Report on vaccination in Madras 1877-1894 - 1877-1894
Year: 1877
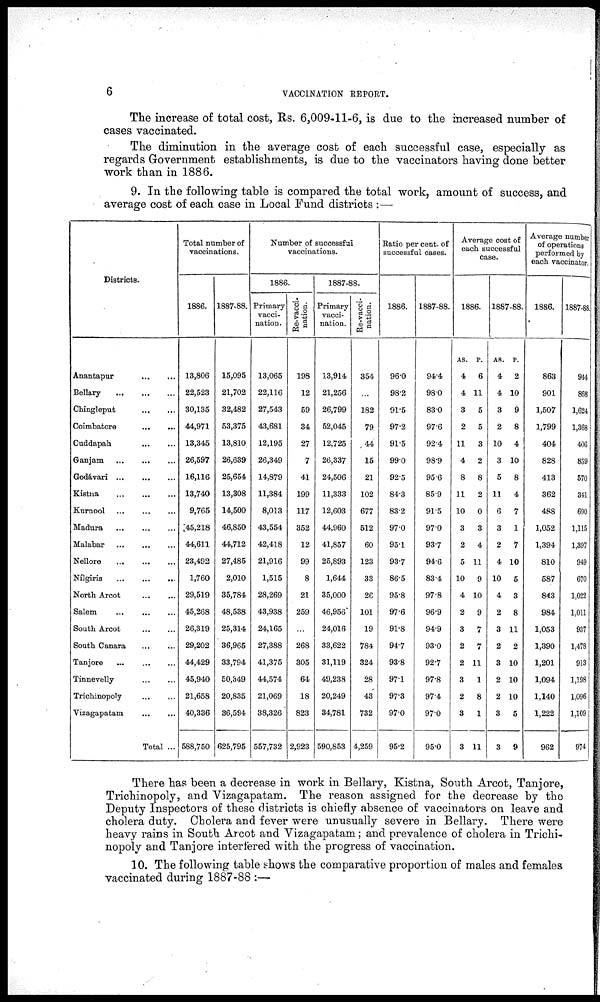
6
VACCINATION REPORT.
The increase of total cost, Rs. 6,009-11-6, is due to the increased number of
cases vaccinated.
The diminution in the average cost of each successful case, especially as
regards Government establishments, is due to the vaccinators having done better
work than in 1886.
9. In the following table is compared the total work, amount of success, and
average cost of each case in Local Fund districts :—
Districts.
Anantapur
...
...
Bellary
...
...
...
Chingleput
...
...
Coimbatore
...
...
Cuddapah
...
...
Ganjam
...
...
...
Godávari
...
...
...
Kistna
...
...
...
Kurnool
...
...
...
Madura
...
...
...
Malabar
...
...
...
Nellore
...
...
...
Nílgiris
...
...
...
North Arcot
...
...
Salem
...
...
...
South Arcot
...
...
South Canara
...
...
Tanjore
...
...
...
Tinnevelly
...
...
Trichinopoly
...
...
Vizagapatam
...
...
Total ...
Total number of
vaccinations.
1886.
13,806
22,523
30,135
44,971
13,345
26,597
16,116
13,740
9,765
45,218
44,611
23,492
1,760
29,519
45,268
26,319
29,202
44,429
45,940
21,658
40,336
588,750
1887-88.
15,095
21,702
32,482
53,375
13,810
26,639
25,654
13,308
14,500
46,850
44,712
27,485
2,010
35,784
48,538
25,314
36,965
33,794
50,349
20,835
36,594
625,795
Number of successful
vaccinations.
1886.
Primary
vacci-
nation.
13,065
22,116
27,543
43,681
12,195
26,349
14,879
11,384
8,013
43,554
42,418
21,916
1,515
28,269
43,938
24,165
27,388
41,375
44,574
21,069
38,326
557,732
Re-vacci-
nation.
198
12
59
34
27
7
41
199
117
352
12
99
8
21
259
...
268
305
64
18
823
2,923
1887-88.
Primary
vacci-
nation.
13,914
21,256
26,799
52,045
12,725
26,337
24,506
11,333
12,603
44,960
41,857
25,893
1,644
35,000
46,956
24,016
33,622
31,119
49,238
20,249
34,781
590,853
Re-vacci-
nation.
354
...
182
79
44
15
21
102
677
512
60
123
33
26
101
19
784
324
28
43
732
4,259
Ratio per cent. of
successful cases.
1886.
96.0
98.2
91.5
97.2
91.5
99.0
92.5
84.3
83.2
97.0
95.1
93.7
86.5
95.8
97.6
91.8
94.7
93.8
97.1
97.3
97.0
95.2
1887-88.
94.4
98.0
83.0
97.6
92.4
98.9
95.6
85.9
91.5
97.0
93.7
94.6
83.4
97.8
96.9
94.9
93.0
92.7
97.8
97.4
97.0
95.0
Average cost of
each successful
case.
1886.
AS.
4
4
3
2
11
4
8
11
10
3
2
5
10
4
2
3
2
2
3
2
3
3
P.
6
11
5
5
3
2
8
2
0
3
4
11
9
10
9
7
7
11
1
8
1
11
1887-88.
AS.
4
4
3
2
10
3
5
11
6
3
2
4
10
4
2
3
2
3
2
2
3
3
P.
2
10
9
8
4
10
8
4
7
1
7
10
5
3
8
11
2
10
10
10
5
9
Average number
of operations
performed by
each vaccinator.
1886.
863
901
1,507
1,799
404
828
413
362
488
1,052
1,394
810
587
843
984
1,053
1,390
1,201
1,094
1,140
1,222
962
1887-88.
944
868
1,624
1,368
406
859
570
341
690
1,115
1,397
949
670
1,022
1,011
937
1,478
913
1,198
1,096
1,109
974
There has been a decrease in work in Bellary, Kistna, South Arcot, Tanjore,
Trichinopoly, and Vizagapatam. The reason assigned for the decrease by the
Deputy Inspectors of these districts is chiefly absence of vaccinators on leave and
cholera duty. Cholera and fever were unusually severe in Bellary. There were
heavy rains in South Arcot and Vizagapatam; and prevalence of cholera in Trichi-
nopoly and Tanjore interfered with the progress of vaccination.
10. The following table shows the comparative proportion of males and females
vaccinated during 1887-88 :—